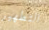
التطهير